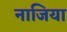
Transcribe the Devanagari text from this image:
नाजिया